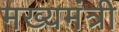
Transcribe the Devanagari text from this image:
मख्यमंत्री